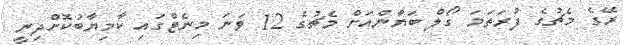
ރޭގެ މެޗުގެ ފުރަތަމަ ގޯލް ބަޔާންއަށް މެޗުގެ 12 ވަނަ މިނެޓްގައި ކާމިޔާބުކޮށްދިނީ